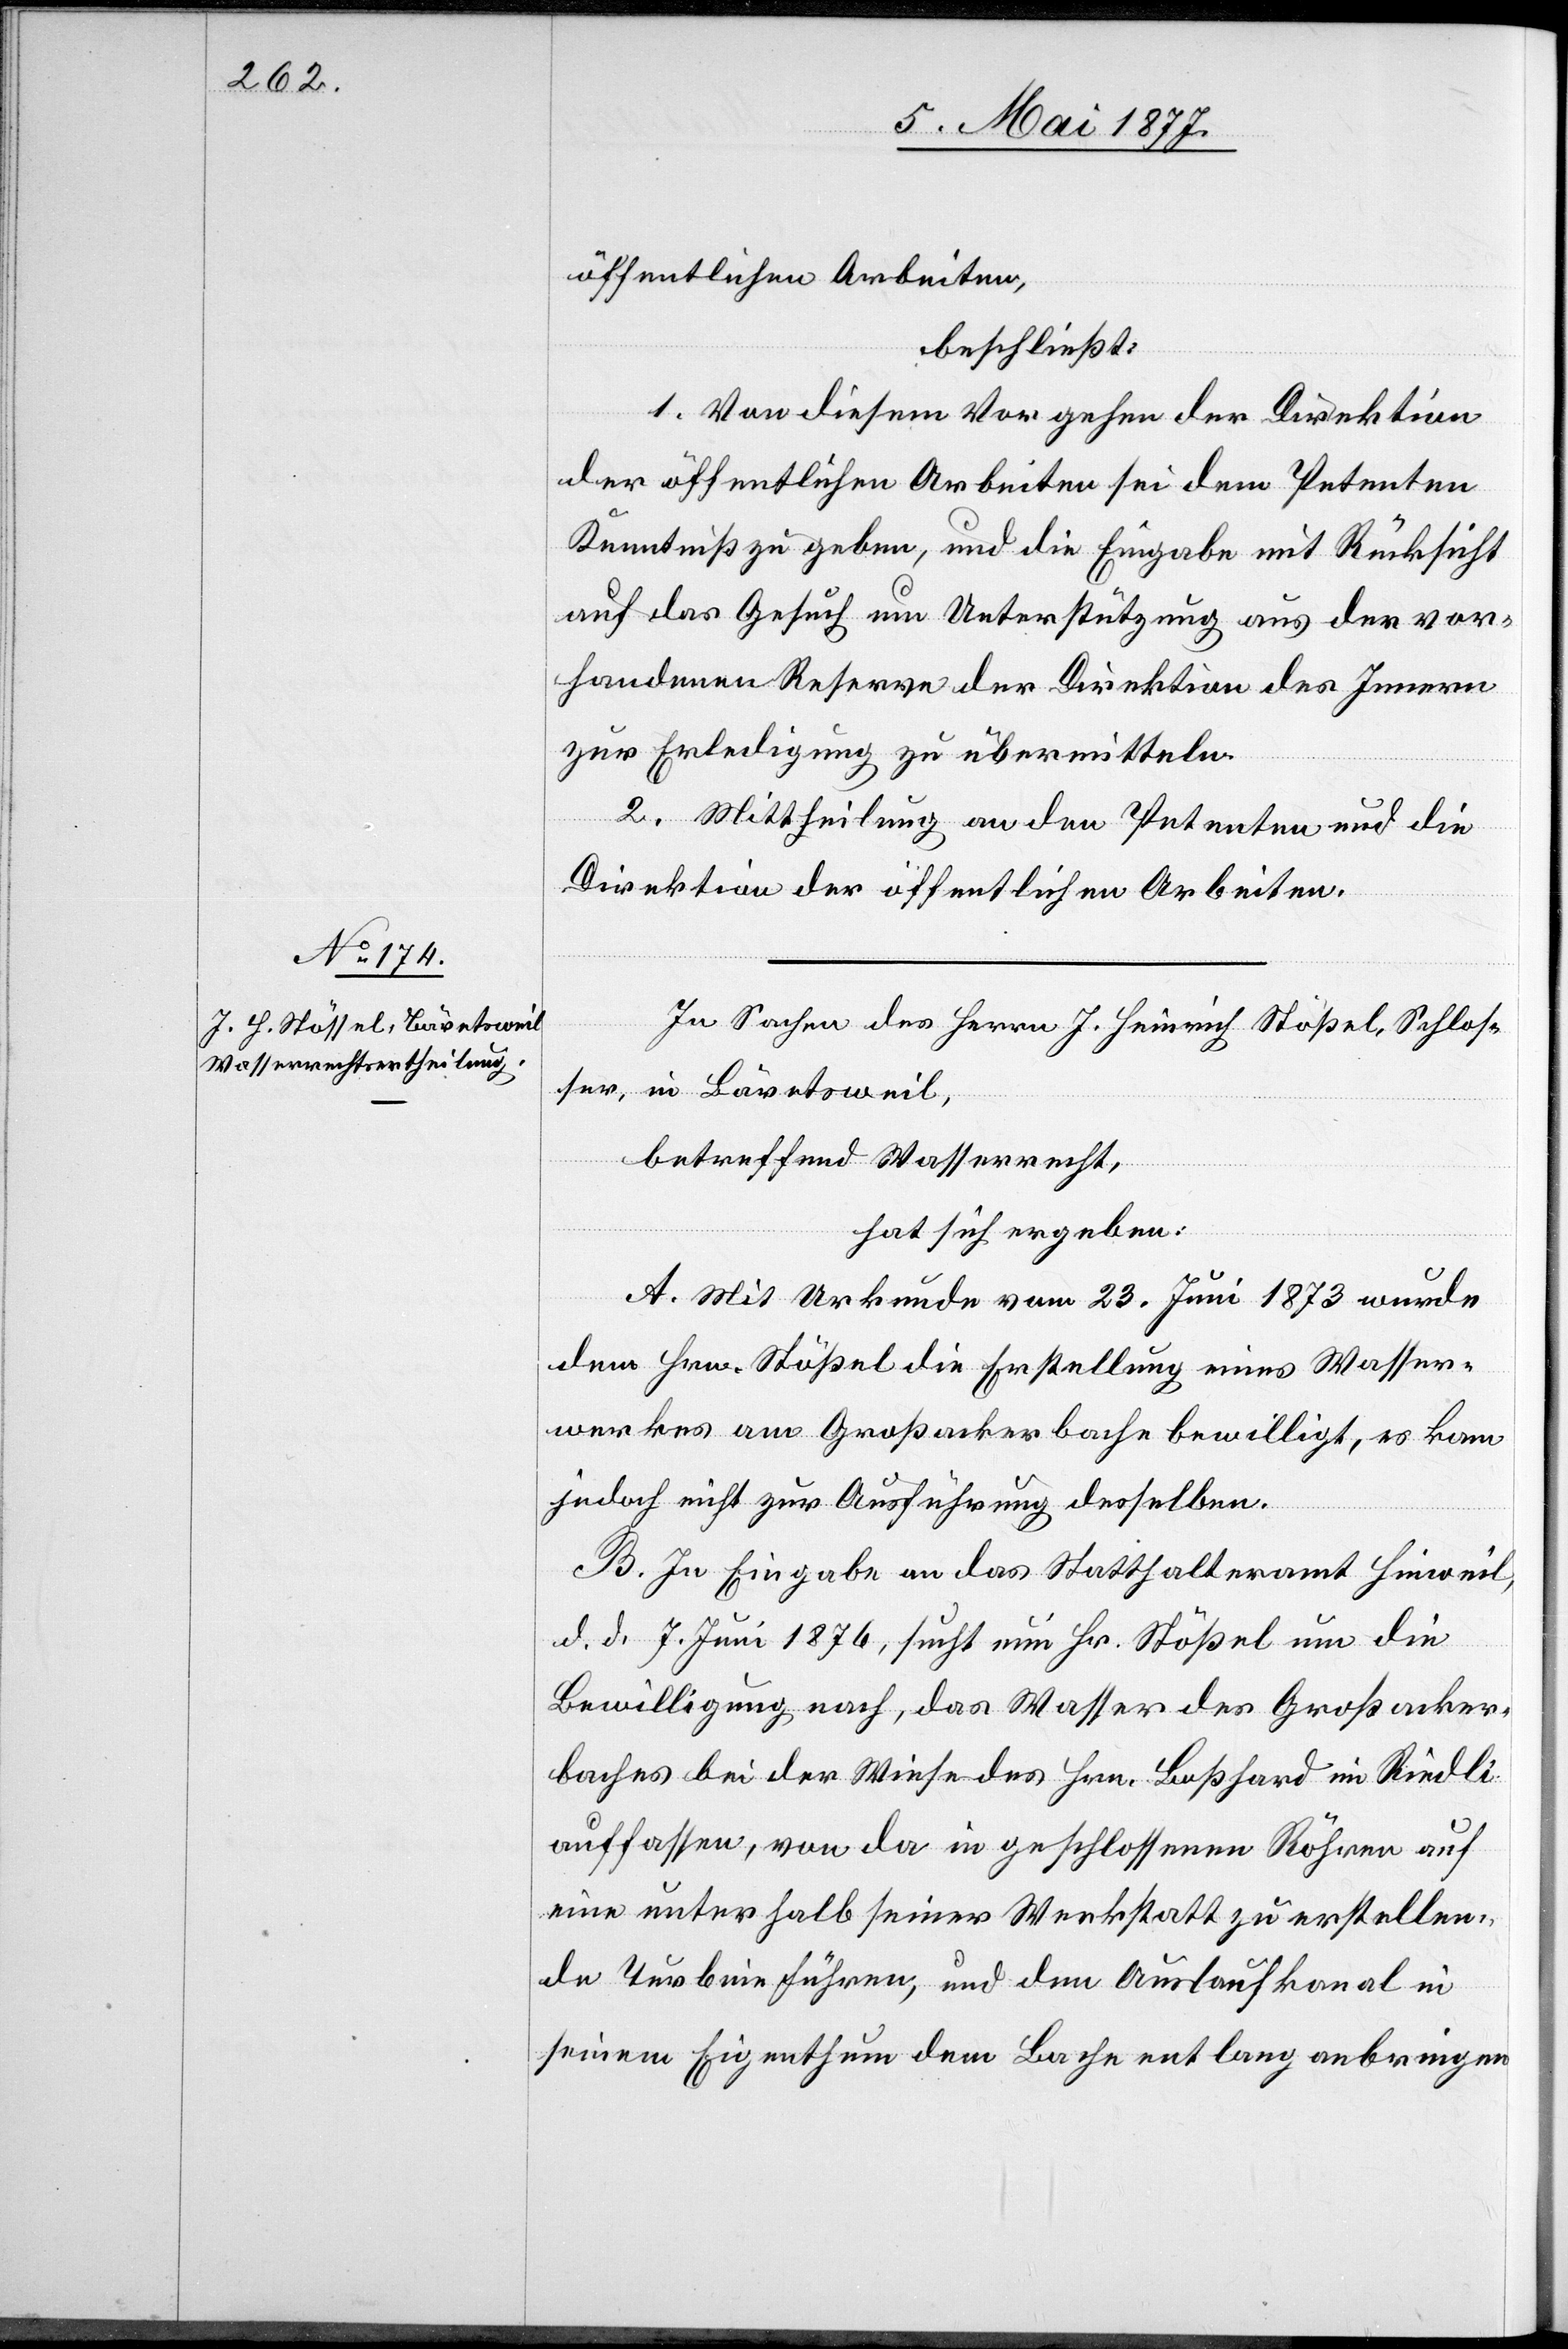
öffentlichen Arbeiten,
beschließt:
1. Von diesem Vorgehen der Direktion
der öffentlichen Arbeiten sei dem Petenten
Kenntniß zu geben, und die Eingabe mit Rücksicht
auf das Gesuch um Unterstützung aus der vor¬
handenen Reserve der Direktion des Innern
zur Erledigung zu übermitteln.
2. Mittheilung an den Petenten und die
Direktion der öffentlichen Arbeiten.
In Sachen des Herrn J. Heinrich Stößel, Schlos¬
ser, in Bäretsweil,
betreffend Wasserrecht,
hat sich ergeben:
A. Mit Urkunde vom 23. Juni 1873 wurde
dem Hrn. Stößel die Erstellung eines Wasser¬
werkes am Großackerbache bewilligt, es kam
jedoch nicht zur Ausführung desselben.
B. In Eingabe an das Statthalteramt Hinweil,
d. d. 7. Juni 1876, sucht nun Hr. Stößel um die
Bewilligung nach, das Wasser des Großacker¬
baches bei der Wiese des Hrn. Boßhard im Riedli
auffassen, von da in geschlossenen Röhren auf
eine unterhalb seiner Werkstatt zu erstellen¬
de Turbine führen, und den Auslaufkanal in
seinem Eigenthum dem Bache entlang anbringen